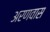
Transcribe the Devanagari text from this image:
अरणवास